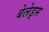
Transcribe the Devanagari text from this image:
बेलेड्स